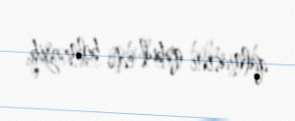
qalmasını qəbul edə bilməyib.